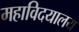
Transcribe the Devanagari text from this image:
महाविदयालय